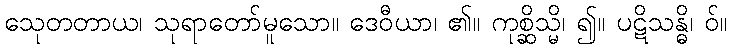
သေုတတာယ၊ သုရာတော်မူသော။ ဒေဝီယာ၊ ၏။ ကုစ္ဆိသ္မိ၊ ၍။ ပဋိသန္ဓိ၊ ဝ်။